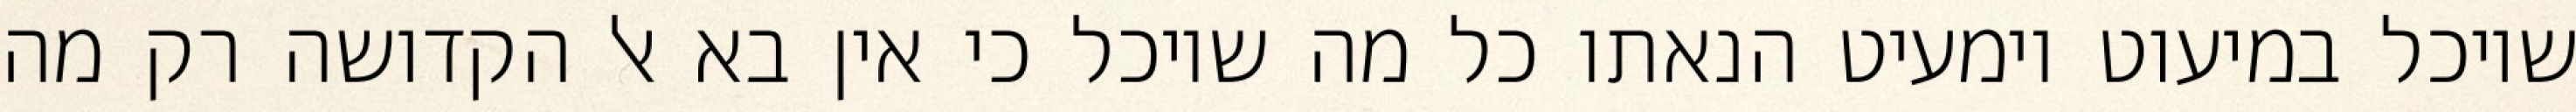
שיוכל במיעוט וימעיט הנאתו כל מה שיוכל כי אין בא אל הקדושה רק מה